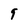
Character: 9